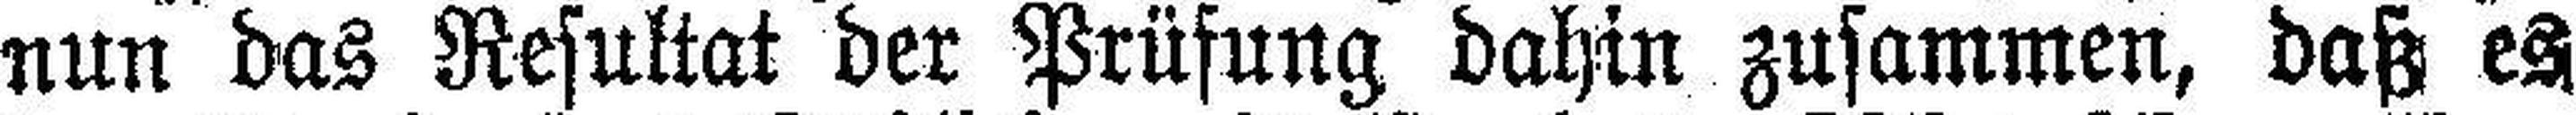
nun das Resultat der Prüfung dahin zusammen, daß es